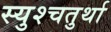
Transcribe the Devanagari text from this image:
स्युश्चतुर्था